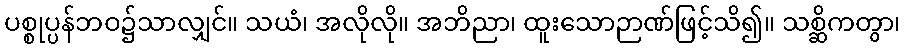
ပစ္စုပ္ပန်ဘဝ၌သာလျှင်။ သယံ၊ အလိုလို။ အဘိညာ၊ ထူးသောဉာဏ်ဖြင့်သိ၍။ သစ္ဆိကတွာ၊